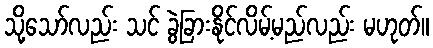
သို့သော်လည်း သင် ခွဲခြားနိုင်လိမ့်မည်လည်း မဟုတ်။